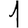
Digit: 1